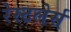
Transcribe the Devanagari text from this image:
रेस्टलेर्स